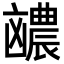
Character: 𪞽